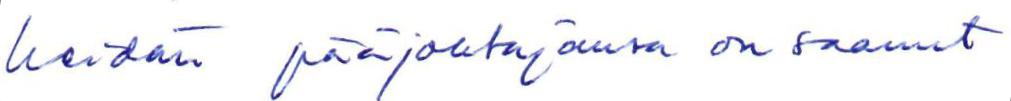
heidän pääjohtajansa on saanut